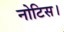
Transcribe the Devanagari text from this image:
नोटिस।